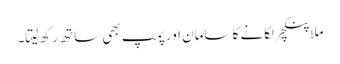
ملا پنکچر لگانے کا سامان اور پمپ بھی ساتھ رکھ لیتا۔